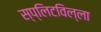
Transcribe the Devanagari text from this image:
स्प्लिटविल्ला